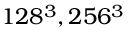
1 2 8 ^ { 3 } , 2 5 6 ^ { 3 }